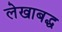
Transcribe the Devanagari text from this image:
लेखाबद्ध